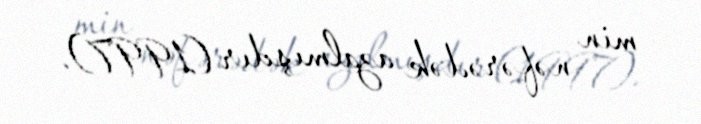
min nəfərədək azalmışdır (1997).